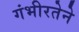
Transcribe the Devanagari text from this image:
गंभीरतेने